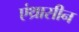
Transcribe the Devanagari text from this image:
एंथ्रासीन